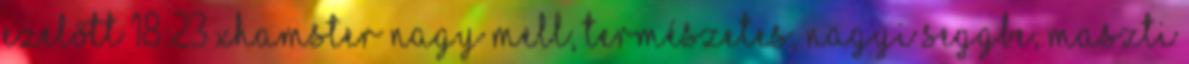
ezelőtt 18:23 xHamster nagy mell, természetes, nagyi seggbe, maszti